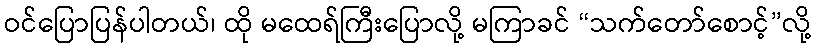
ဝင်ပြောပြန်ပါတယ်၊ ထို မထေရ်ကြီးပြောလို့ မကြာခင် “သက်တော်စောင့်”လို့